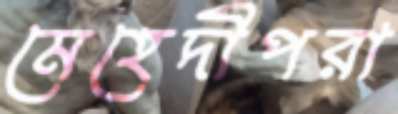
মেহেদীপরা